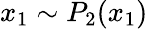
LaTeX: x_{1}\sim P_{2}(x_{1})